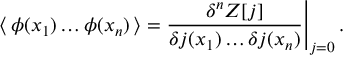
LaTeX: \langle \, \phi ( x _ { 1 } ) \dots \phi ( x _ { n } ) \, \rangle = \frac { \delta ^ { n } { \cal Z } [ j ] } { \delta j ( x _ { 1 } ) \dots \delta j ( x _ { n } ) } \Bigg | _ { j = 0 } \, .